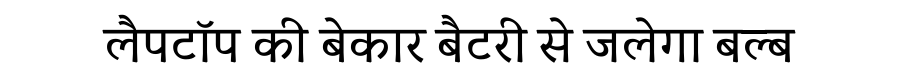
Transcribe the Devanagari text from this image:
लैपटॉप की बेकार बैटरी से जलेगा बल्ब